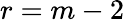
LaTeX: r=m-2